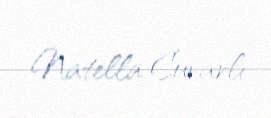
Natella Cuvarlı